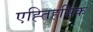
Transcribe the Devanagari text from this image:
एह्तिहसिक